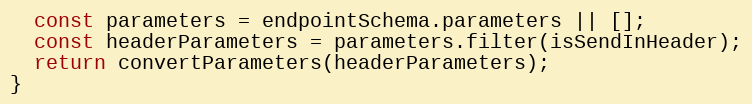
Language: JavaScript
  const parameters = endpointSchema.parameters || [];
  const headerParameters = parameters.filter(isSendInHeader);
  return convertParameters(headerParameters);
}